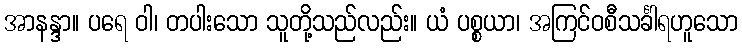
အာနန္ဒာ။ ပရေ ဝါ၊ တပါးသော သူတို့သည်လည်း။ ယံ ပစ္စယာ၊ အကြင်ဝစီသင်္ခါရဟူသော